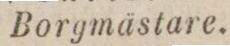
Borgmästare.